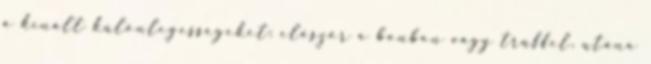
a kínált különlegességeket: először a bonbon vagy trüffel, utána